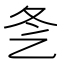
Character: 㐑